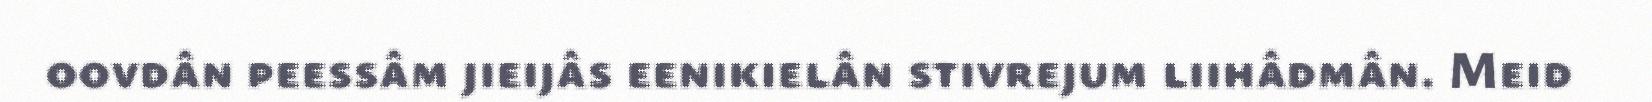
oovdân peessâm jieijâs eenikielân stivrejum liihâdmân. Meid